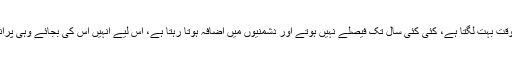
مگر اس کی جگہ رائج کیے جانے والے عدالتی نظام میں خرچہ زیادہ ہوتا ہے، وقت بہت لگتا ہے، کئی کئی سال تک فیصلے نہیں ہوتے اور دشمنیوں میں اضافہ ہوتا رہتا ہے، اس لیے انہیں اس کی بجائے وہی پرانا عدالتی نظام واپس کیا جائے جس میں فوری اور سستا انصاف مل جایا کرتا تھا۔